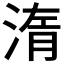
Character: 𣷿